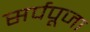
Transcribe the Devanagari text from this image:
सर्पपूजा